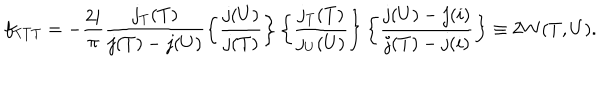
f _ { T T T } = - { \frac { 2 i } { \pi } } \frac { j _ { T } ( T ) } { j ( T ) - j ( U ) } \left\{ \frac { j ( U ) } { j ( T ) } \right\} \left\{ \frac { j _ { T } ( T ) } { j _ { U } ( U ) } \right\} \left\{ \frac { j ( U ) - j ( i ) } { j ( T ) - j ( i ) } \right\} \equiv 2 W ( T , U ) .